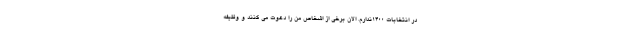
در انتخابات ۱۴۰۰ندارم. الان برخی از اشخاص من را دعوت می کنند و وظیفه